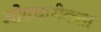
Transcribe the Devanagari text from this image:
ओपचारीकता